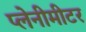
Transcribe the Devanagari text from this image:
प्लेनीमीटर